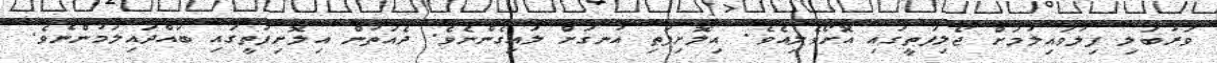
ވަރުބަލި ފިލުވައިލުމަށް ޖޯލިފަތީގައި އޮށޯވެލިއެވެ. އިލޮށިފަތި އުނގަށް ލައިގެންނެވެ. ދެއަތުން އިލޮށިފަތީގައި ބައްދައިލަމުންނެވެ.